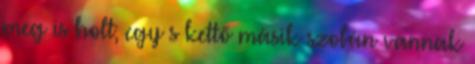
meg is holt; egy s kettő másik szobán vannak